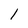
Character: 1